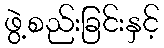
ဖွဲ့စည်းခြင်းနှင့်